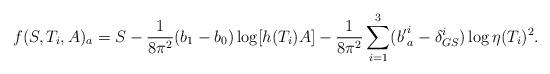
LaTeX: \begin{align*}f(S,T_i,A)_a=S-{1\over 8\pi^2}(b_1-b_0)\log \lbrack h(T_i)A\rbrack -{1\over 8\pi^2}\sum_{i=1}^3({b'}^i_a-\delta_{GS}^i)\log\eta(T_i)^2{}.\end{align*}